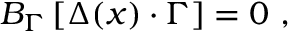
{ \cal B } _ { \Gamma } \left[ \Delta ( x ) \cdot \Gamma \right] = 0 \, \, ,